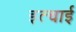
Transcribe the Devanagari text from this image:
इत्चाई